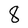
Character: 8